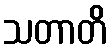
သတာတိ